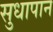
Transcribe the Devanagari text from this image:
सुधापान